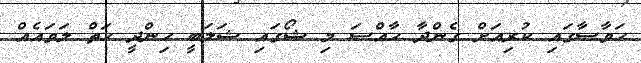
ހަވާސާގައި ކުރިއަށް ގެންދާ ހާއްސަ މި ޝޯގައި ޝަލަބީ ހިންދީ ހަތް ލަވައެއް